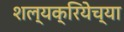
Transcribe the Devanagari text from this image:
शल्यक्रियेच्या